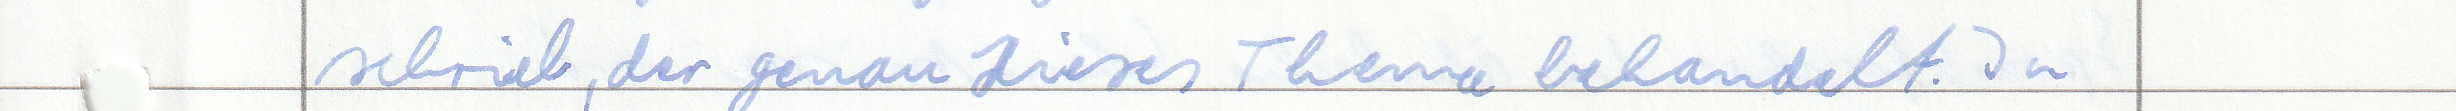
schrieb, der genau dieses Thema behandelt. In